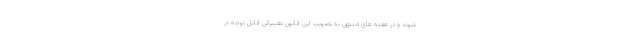
شوند و در هفته های منتهی به تصویب این قانون تغییراتی قابل توجه در